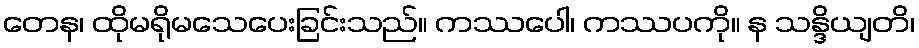
တေန၊ ထိုမရိုမသေပေးခြင်းသည်။ ကဿပေါ၊ ကဿပကို။ န သန္ဒိယျတိ၊